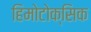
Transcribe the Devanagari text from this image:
हिमोटोक्सिक